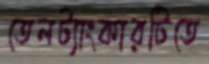
তেলট্যাংকারটিতে